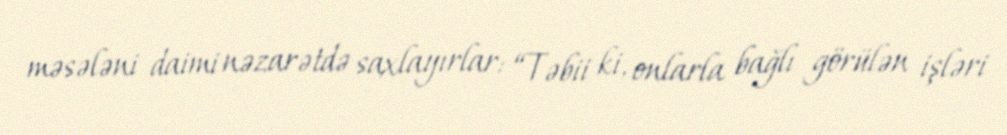
məsələni daimi nəzarətdə saxlayırlar: “Təbii ki, onlarla bağlı görülən işləri